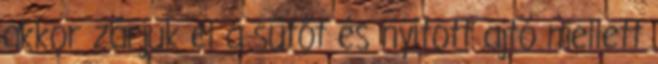
akkor zárjuk el a sütőt és nyitott ajtó mellett